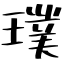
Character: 璞